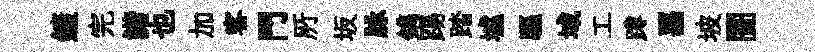
鏟完諧也加客門𠩄坂脉鐫踢踏墟驅域工蹲噐坡闠